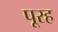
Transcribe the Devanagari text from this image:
पूरह